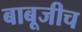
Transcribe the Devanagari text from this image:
बाबूजीच